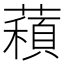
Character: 𦿽